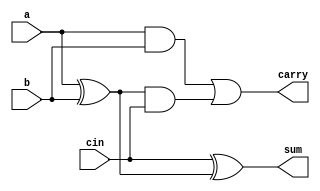
module fulladder(sum,carry,a,b,cin);
    input a;
    input b;
    input cin;
    output sum;
    output carry;
    wire w1,w2,w3;
xor a1(w1,a,b);
xor a2(sum,cin,w1);
and a3(w2,a,b);
and a4(w3,w1,cin);
or a5(carry,w2,w3);
endmodule